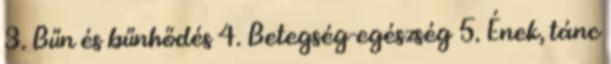
3. Bűn és bűnhődés 4. Betegség-egészség 5. Ének, tánc